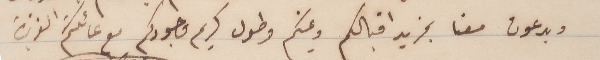
ويدعون معنا بمزيد اقبالكم ويمنكم وطول كريم وجودكم مع عائلتكم العزيزة